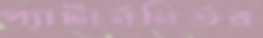
প্যাটার্ননির্ভর